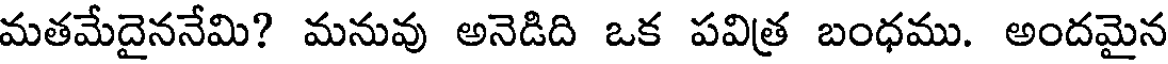
మతమేదైననేమి? మనువు అనెడిది ఒక పవిత్ర బంధము. అందమైన